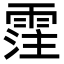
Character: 霔